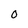
Character: O